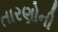
તારણોની